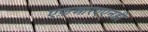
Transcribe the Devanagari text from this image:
एफ़आरएएनडी